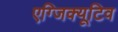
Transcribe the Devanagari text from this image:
एग्जिक्यूटिव